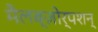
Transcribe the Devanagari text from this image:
मैलब्ज़ोर्पशन्